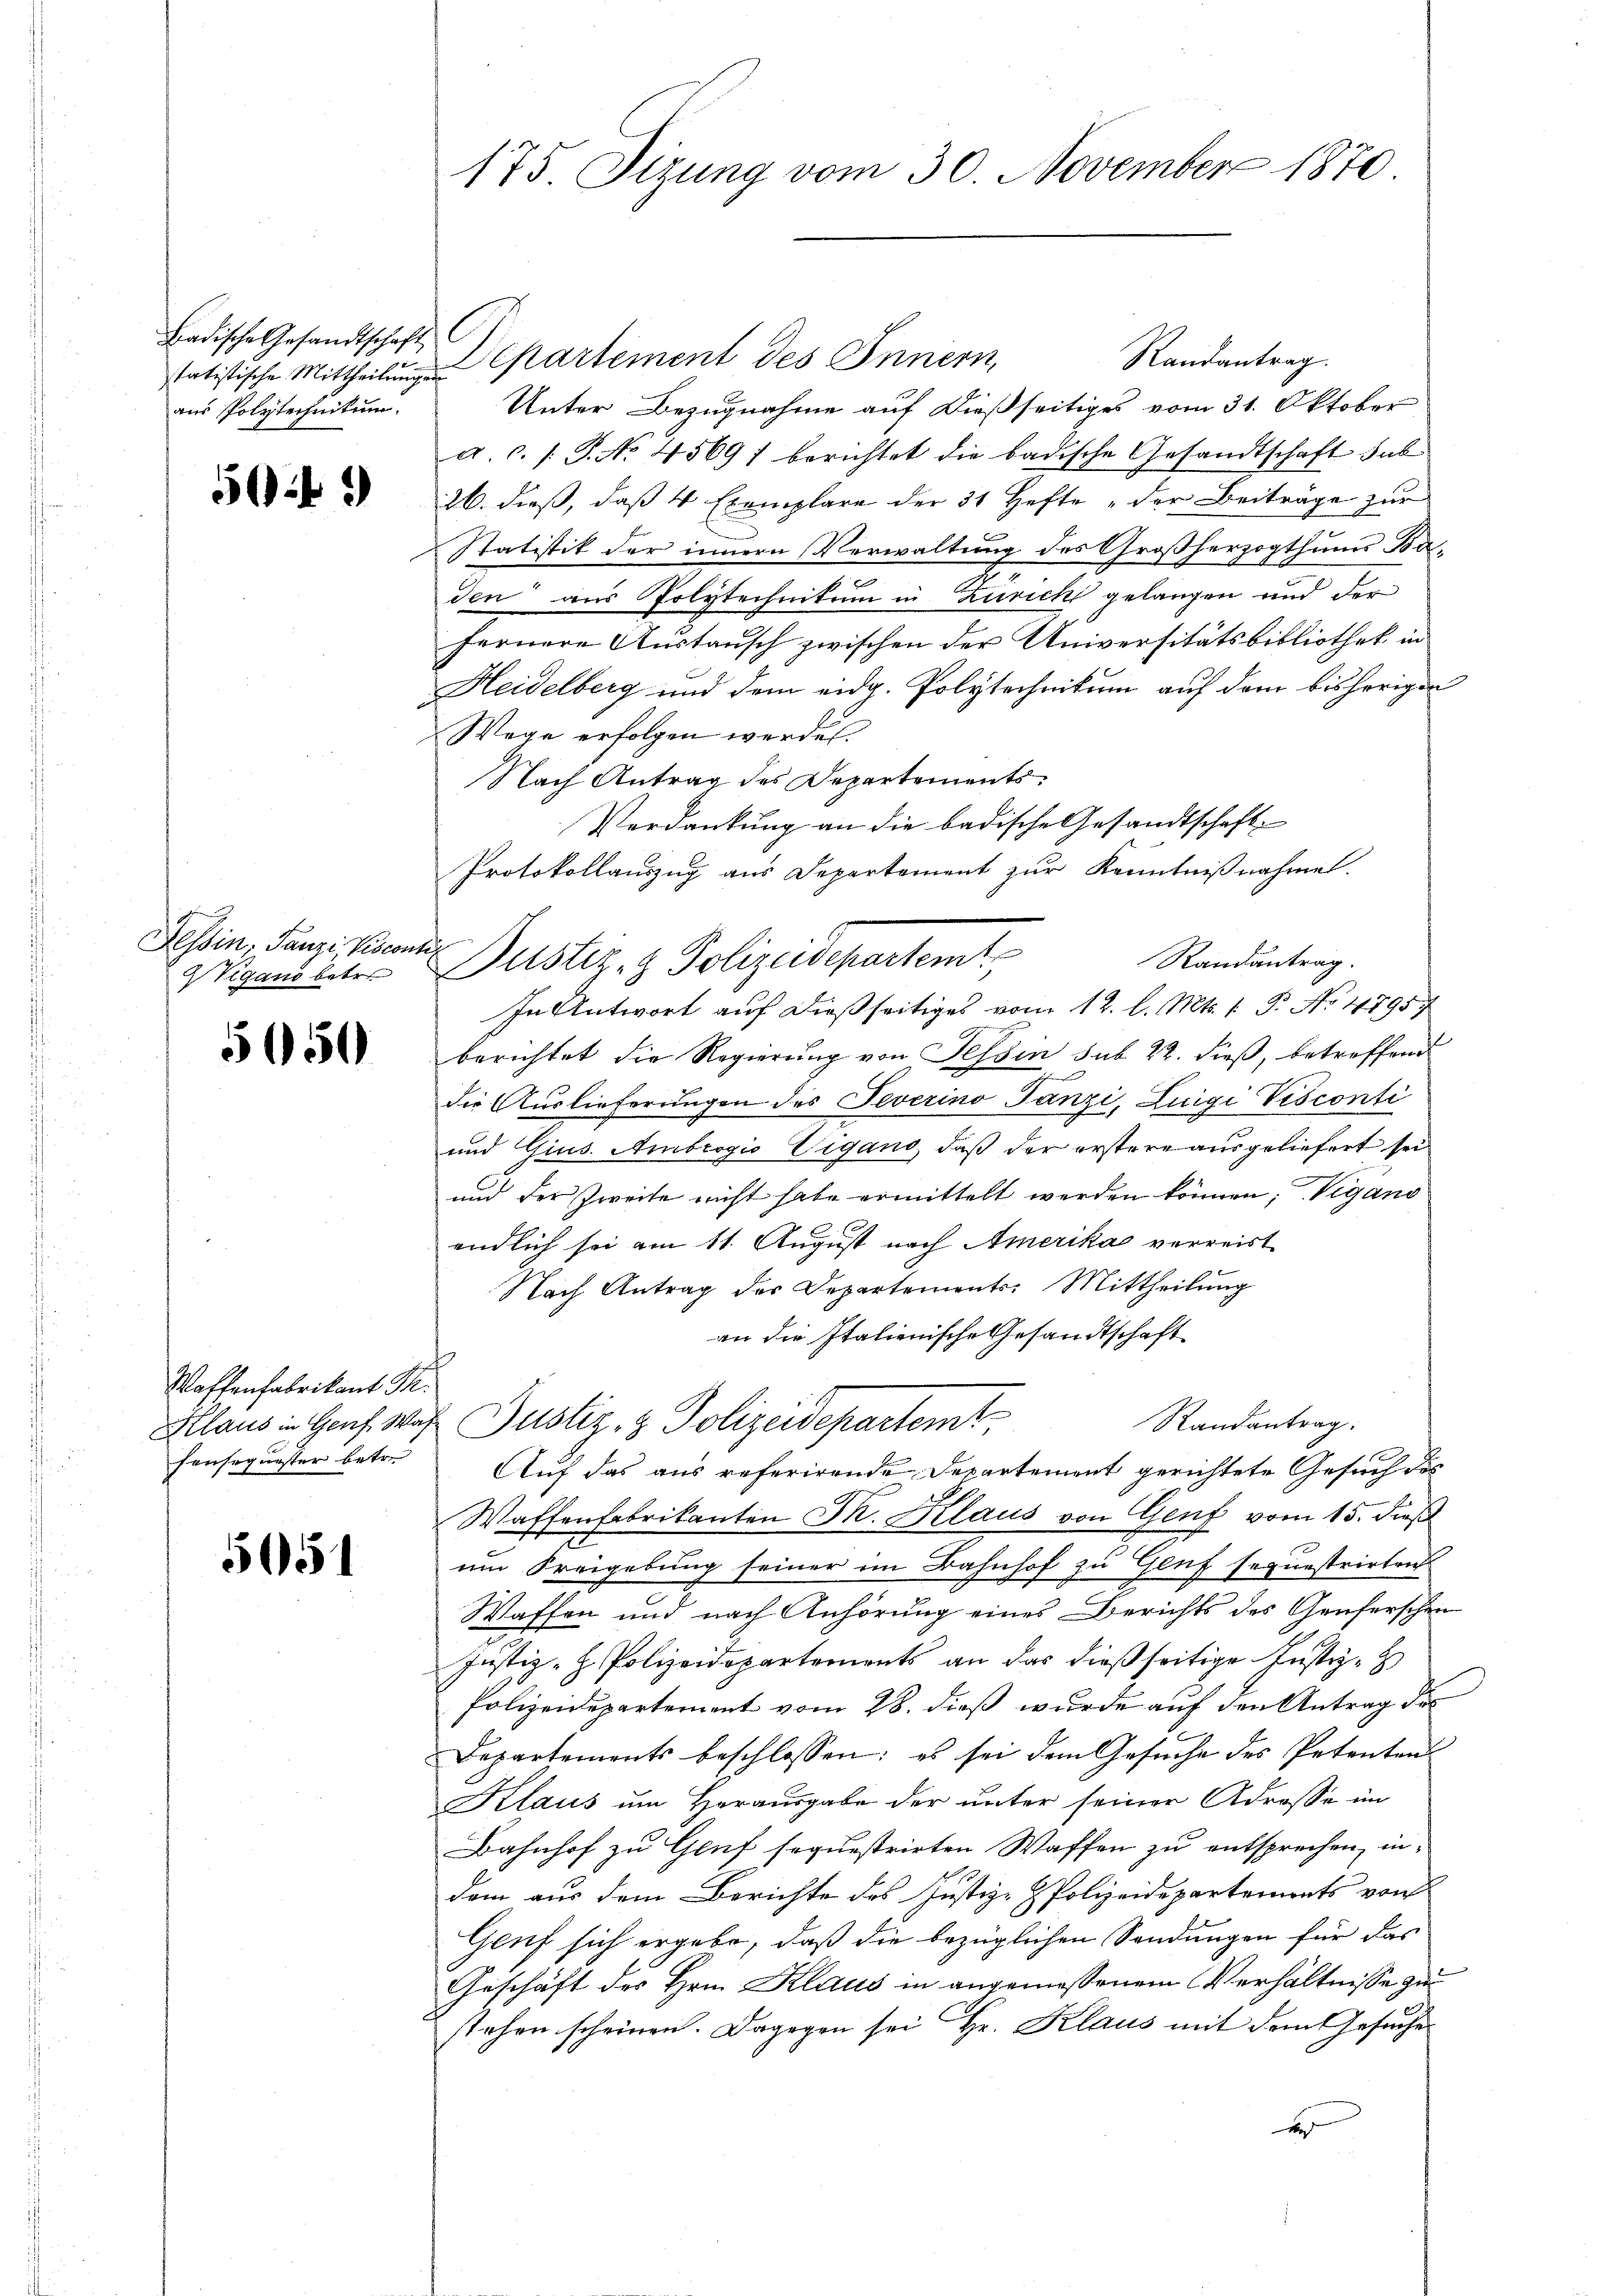
Badische Gesandtschaft
statistische Mittheilungen
aus Polytechnikum.

50:

Tessin. Tanzi, Viscontir
WVigano betre

5050

Waffenfabrikant Th.

5051

175. Sizung vom 30. November 1870

Departement des Innern,
Randantrag.
Unter Bezugnahme auf dießseitiges vom 31. Oktober
a.c. s. S. No. 45697 berichtet die badische Gesandtschaft sub
26. dieß, daß 4 Exemplare der 31 Hefte „der Beiträge zur
Statistik der innern Verwaltung des Großherzogthums Baden“ aus Polytechnikum in Zurick gelangen und der
fernere Austausch zwischen der Universitätsbibliothek in
Heidelberg und dem eidg. Polytechnikum auf dem bisherigen
Wege erfolgen werden.
Nach Antrag des Departements¬
Verdankung an die badische Gesandtschaft-
Protokollauszug aus Departement zur Kenntnißnahme.
Randantrag.
In Antwort auf dießseitiges vom 12. l. Mts. 1. P. No 47957
berichtet die Regierung von Tessin sub 22. dieß, betreffend
die Auslieferungen des Teverino Tanzi, Luigi Vesconti
und Gius. Ambrogio Vigano, daß der erstere ausgeliefert sei
und der Zweite nicht habe ermittelt werden können, Vigano
endlich sei am 11. August nach Amerika verreist
Nach Antrag der Departements: Mittheilung
an die Italienische Gesandtschaft
Randantrag.
Klaus in Genf was Justiz & Polizeidepartemt,
Fonsequester betr. Auf das aus referirende Departement gerichtete Gesuch des
Waffenfabrikanten Sr. Klaus von Genf vom 15. dieß
um Freigebung seiner im Bahnhof zu Genf sequestrirten
Waffen und nach Anhörung eines Berichts des Genferschen
Justiz- Polizeidepartements an das dießseitige Justiz-
Polizeidepartement vom 28. dieß wurde auf den Antrag des
Departements beschlossen: es sei dem Gesŭche des Petenten
Klaus um Herausgabe der unter seiner Adrosse im
Bahnhof zu Genf sequestrirten Waffen zu entsprechen, in
dem aus dem Berichte des Justiz-Polizeidepartements von
Genf sich ergebe, daß die bezüglichen Sendungen für das
Geschäft des Hrn. Klaus in angemessenem Verhältnisse zu
stehen scheinen. Dagegen sei Hr. Klaus mit dem Gesuche
d

Justiz- & Polizeidepartemt